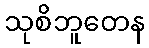
သုစိဘူတေန